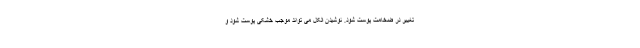
تغییر در ضخامت پوست شود. نوشیدن الکل می تواند موجب خشکی پوست شود و